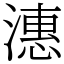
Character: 潓